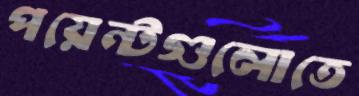
পয়েন্টগুলোতে